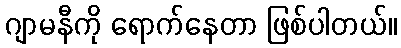
ဂျာမနီကို ရောက်နေတာ ဖြစ်ပါတယ်။